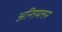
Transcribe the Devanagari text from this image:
अन्तिमत्तर